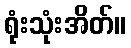
ရုံးသုံးအိတ်။